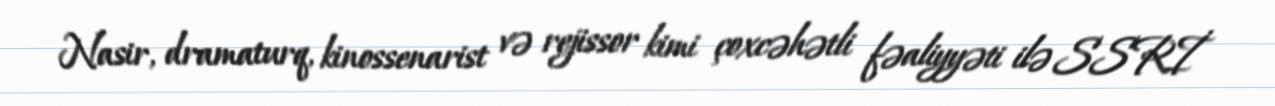
Nasir, dramaturq, kinossenarist və rejissor kimi çoxcəhətli fəaliyyəti ilə SSRİ